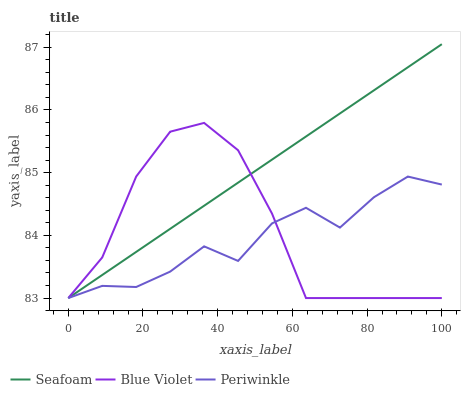
| xaxis_label | Seafoam | Blue Violet | Periwinkle |
 | --- | --- | --- | --- |
 | 0 | 83 | 83 | 83 |
 | 9.09 | 83.4 | 83.6 | 83.2 |
 | 18.2 | 83.7 | 84.9 | 83.2 |
 | 27.3 | 84.1 | 85.7 | 83.4 |
 | 36.4 | 84.5 | 85.8 | 83.8 |
 | 45.5 | 84.8 | 85.4 | 83.6 |
 | 54.5 | 85.2 | 84.3 | 84.2 |
 | 63.6 | 85.6 | 83 | 84.4 |
 | 72.7 | 85.9 | 83 | 84.1 |
 | 81.8 | 86.3 | 83 | 84.6 |
 | 90.9 | 86.7 | 83 | 84.9 |
 | 100 | 87 | 83 | 84.8 |